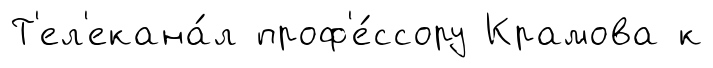
Т'ел'екана́л проф'е́ссору Крамова к